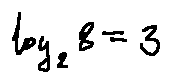
\log _ { 2 } 8 = 3